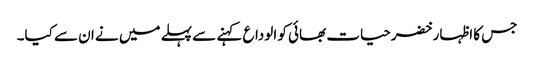
جس کا اظہار خضرحیات بھائی کو الوداع کہنے سے پہلے میں نے ان سے کیا۔